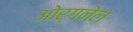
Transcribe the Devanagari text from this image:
ओर्गनेल